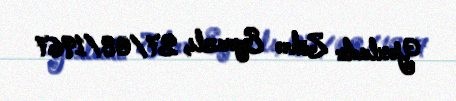
Yoxladı: Zöhrə Eyvazlı, 27/08/1967